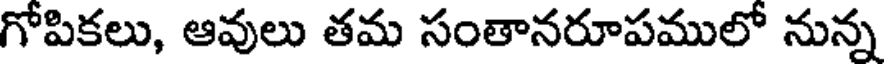
గోపికలు, ఆవులు తమ సంతానరూపములో నున్న